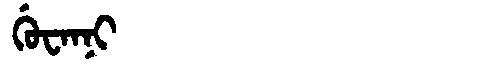
Manchu: ᡤᡠᠸᠠᠨᠨᡳ
Romanization: GUWANNI